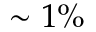
\sim 1 \%